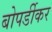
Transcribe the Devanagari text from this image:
बोपर्डीकर